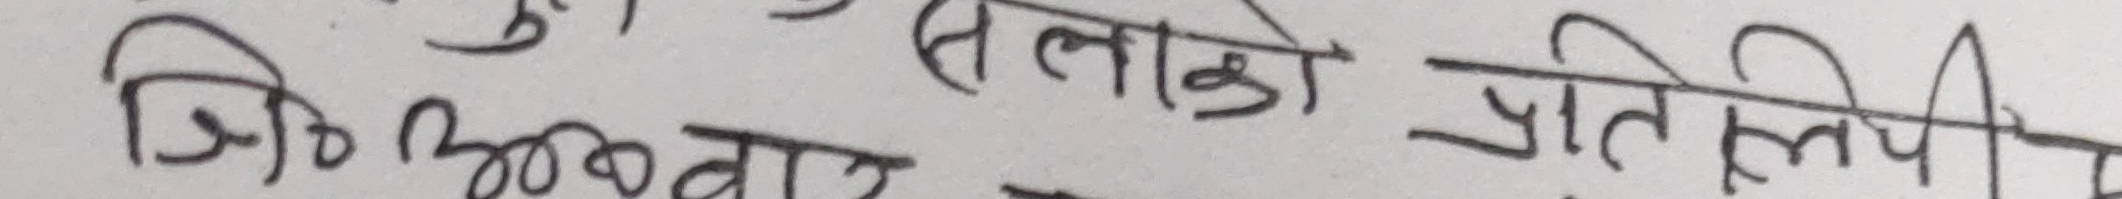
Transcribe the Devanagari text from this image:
जिओ अबवा तलको प्रतिलिपी